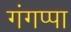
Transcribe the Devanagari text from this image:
गंगप्पा